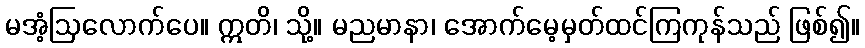
မအံ့ဩလောက်ပေ။ ဣတိ၊ သို့။ မညမာနာ၊ အောက်မေ့မှတ်ထင်ကြကုန်သည် ဖြစ်၍။